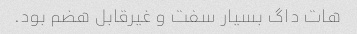
هات داگ بسیار سفت و غیرقابل هضم بود.